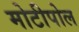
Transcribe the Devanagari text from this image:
मोटीपोल